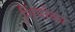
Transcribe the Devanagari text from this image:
शिंदोळा